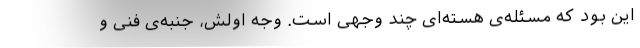
این بود که مسئله‌ی هسته‌ای چند وجهی است. وجه اوّلش، جنبه‌ی فنی و